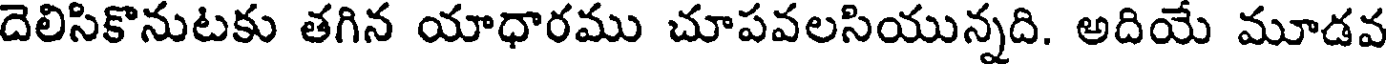
దెలిసికొనుటకు తగిన యాధారము చూపవలసియున్నది. అదియే మూడవ